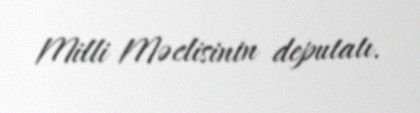
Milli Məclisinin deputatı.